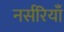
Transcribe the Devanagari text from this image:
नर्सरियाँ